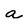
Character: a